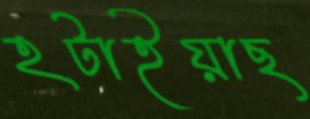
হটাইয়াছ